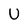
Character: U